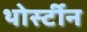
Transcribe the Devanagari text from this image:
थोर्स्टीन